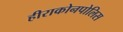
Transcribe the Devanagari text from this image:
हीराकोनपोलिस